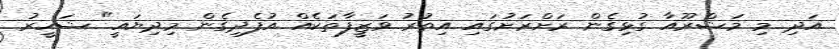
އަދި މި މަޝްރޫއާ ގުޅިގެން ރަށްރަށުގައި އިތުރު ވަޒީފާތަކެއް އުފެދިގެން މިދިޔައީ" ޝަހީރު